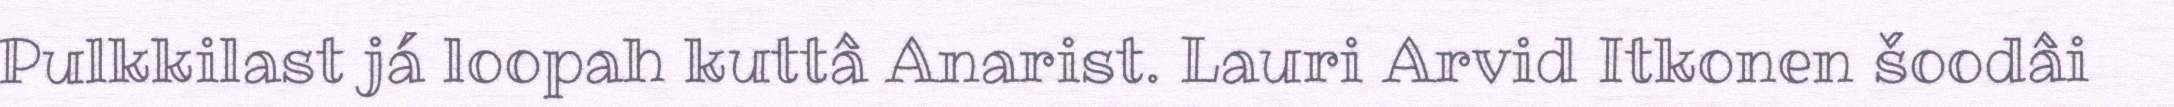
Pulkkilast já loopah kuttâ Anarist. Lauri Arvid Itkonen šoodâi